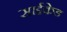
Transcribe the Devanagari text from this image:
साईकेड